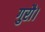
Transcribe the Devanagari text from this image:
गुरौ।